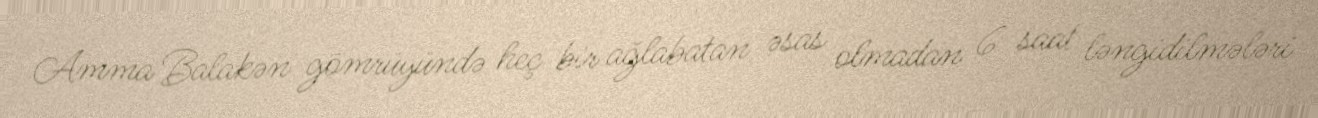
Amma Balakən gömrüyündə heç bir ağlabatan əsas olmadan 6 saat ləngidilmələri